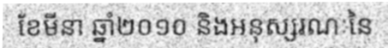
ខែមីនា ឆ្នាំ២០១០ និងអនុស្សរណៈនៃ